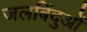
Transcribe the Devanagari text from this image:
जलबिंदुओं